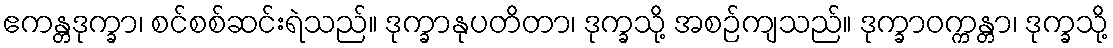
ဧကန္တဒုက္ခာ၊ စင်စစ်ဆင်းရဲသည်။ ဒုက္ခာနုပတိတာ၊ ဒုက္ခသို့ အစဉ်ကျသည်။ ဒုက္ခာဝက္ကန္တာ၊ ဒုက္ခသို့